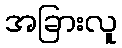
အခြားလူ